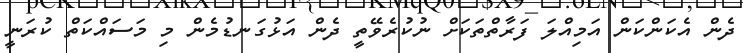
ދެން އެކަންކަން އަމިއްލަ ފަރާތްތަކަށް ނުކުރެވޭތީ ދެން އަޅުގަނޑުމެން މި މަސައްކަތް ކުރަނީ